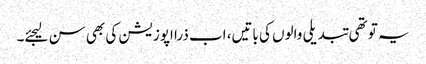
یہ تو تھی تبدیلی والوں کی باتیں، اب ذرا اپوزیشن کی بھی سن لیجئے۔